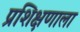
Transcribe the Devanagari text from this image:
प्रशिक्षणाला